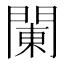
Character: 䦨